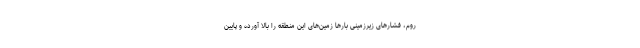
روم، فشارهای زیرزمینی بارها زمین‌های این منطقه را بالا آورده و پایین